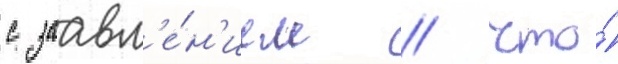
с заавл'е́н'ием / что́